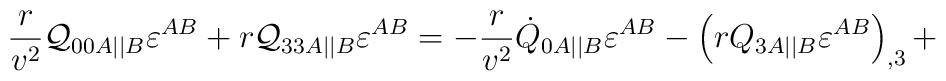
\frac r{v^2}{\cal Q}_{00A||B}\varepsilon^{AB} +r{\cal Q}_{33A||B}\varepsilon^{AB}=  -\frac r{v^2}\dot Q_{0A||B}\varepsilon^{AB} -\left( r{Q}_{3A||B}\varepsilon^{AB} \right)_{,3} +